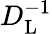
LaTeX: D_{\mathrm{{L}}}^{-1}